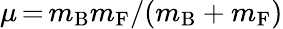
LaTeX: \mu\, {=}\, m_{\mathrm{B}}m_{\mathrm{F}}/(m_{\mathrm{B}}+m_{\mathrm{F}})